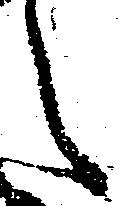
之